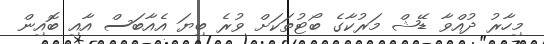
މިހާރު ދުއްވާ ޑޭޝް މަރުކާގެ ބޯޓުތަކަށް ވުރެ ބިޔަ އެއާބަސް އާއި ބޮއިން